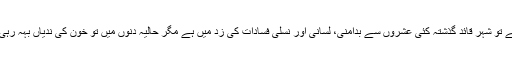
ویسے تو شہر قائد گذشتہ کئی عشروں سے بدامنی، لسانی اور نسلی فسادات کی زد میں ہے مگر حالیہ دنوں میں تو خون کی ندیاں بہہ رہی ہیں۔